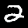
Label: 2